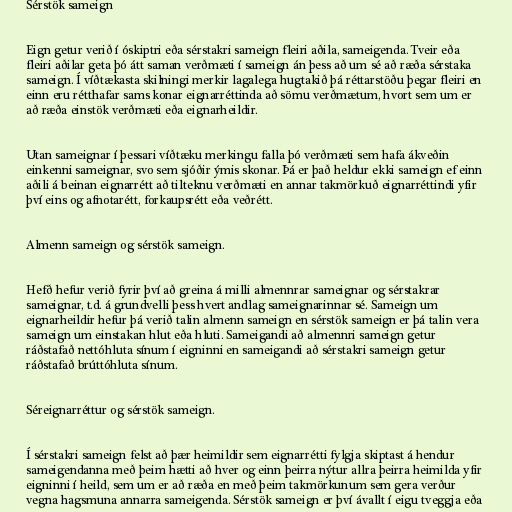
Sérstök sameign

Eign getur verið í óskiptri eða sérstakri sameign fleiri aðila, sameigenda. Tveir eða
fleiri aðilar geta þó átt saman verðmæti í sameign án þess að um sé að ræða sérstaka
sameign. Í víðtækasta skilningi merkir lagalega hugtakið þá réttarstöðu þegar fleiri en
einn eru rétthafar sams konar eignarréttinda að sömu verðmætum, hvort sem um er
að ræða einstök verðmæti eða eignarheildir.

Utan sameignar í þessari víðtæku merkingu falla þó verðmæti sem hafa ákveðin
einkenni sameignar, svo sem sjóðir ýmis skonar. Þá er það heldur ekki sameign ef einn
aðili á beinan eignarrétt að tilteknu verðmæti en annar takmörkuð eignarréttindi yfir
því eins og afnotarétt, forkaupsrétt eða veðrétt.

Almenn sameign og sérstök sameign.

Hefð hefur verið fyrir því að greina á milli almennrar sameignar og sérstakrar
sameignar, t.d. á grundvelli þess hvert andlag sameignarinnar sé. Sameign um
eignarheildir hefur þá verið talin almenn sameign en sérstök sameign er þá talin vera
sameign um einstakan hlut eða hluti. Sameigandi að almennri sameign getur
ráðstafað nettóhluta sínum í eigninni en sameigandi að sérstakri sameign getur
ráðstafað brúttóhluta sínum.

Séreignarréttur og sérstök sameign.

Í sérstakri sameign felst að þær heimildir sem eignarrétti fylgja skiptast á hendur
sameigendanna með þeim hætti að hver og einn þeirra nýtur allra þeirra heimilda yfir
eigninni í heild, sem um er að ræða en með þeim takmörkunum sem gera verður
vegna hagsmuna annarra sameigenda. Sérstök sameign er því ávallt í eigu tveggja eða